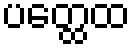
ပတ္ထေထ